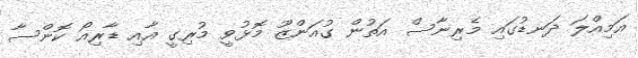
އަމިއްލަ ދަނޑުގައި މެރިނާސް އަތުން ގުއަންޒޫ މޮޅުވީ މުރިގީ އާއި ޑާރިއޯ ކޮންސާ